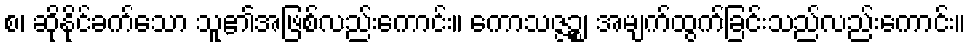
စ၊ ဆိုနိုင်ခက်သော သူ၏အဖြစ်လည်းကောင်း။ ကောသဇ္ဇဉ္စ၊ အမျက်ထွက်ခြင်းသည်လည်းကောင်း။